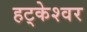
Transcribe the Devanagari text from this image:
हट्केश्वर